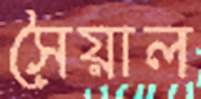
সৈয়াল